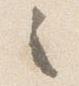
之